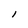
Character: I